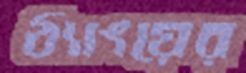
ঠ্যাংয়ের